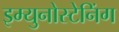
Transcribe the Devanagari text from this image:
इम्युनोस्टेनिंग